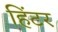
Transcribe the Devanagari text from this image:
हिंटर